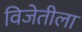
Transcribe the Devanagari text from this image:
विजेतीला